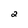
Character: 2